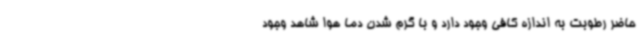
حاضر رطوبت به اندازه کافی وجود دارد و با گرم شدن دما هوا شاهد وجود